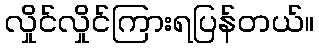
လှိုင်လှိုင်ကြားရပြန်တယ်။